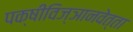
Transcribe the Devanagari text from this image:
पक्षीविज्ञानवेत्ता